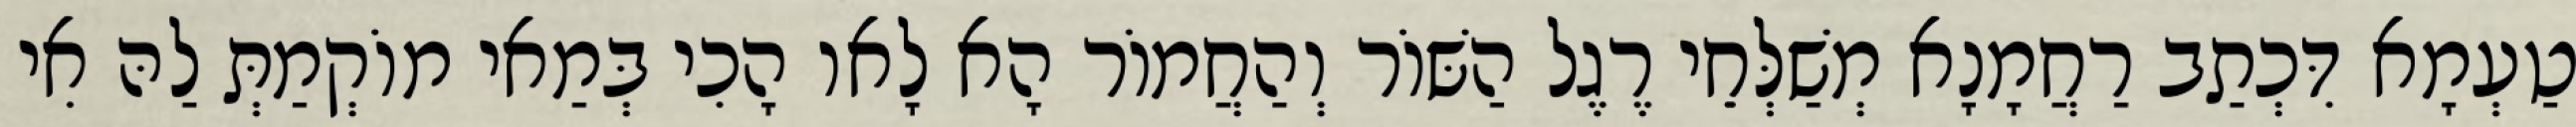
טַעְמָא דִּכְתַב רַחֲמָנָא מְשַׁלְּחֵי רֶגֶל הַשּׁוֹר וְהַחֲמוֹר הָא לָאו הָכִי בְּמַאי מוֹקְמַתְּ לַהּ אִי